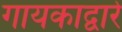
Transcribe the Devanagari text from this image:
गायकाद्वारे